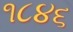
૧૮૪૬